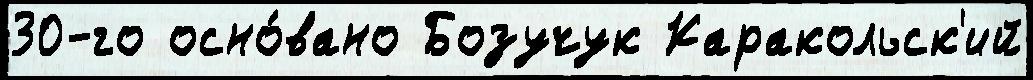
30-го осно́вано Бозучук Каракольск'ий